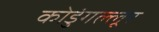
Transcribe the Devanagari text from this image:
कोडुंगल्लूर